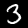
Digit: 3